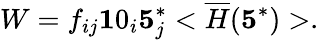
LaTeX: W=f_{ij}{\mathbf 10}_{i}{\mathbf 5}_{j}^{*}<\overline{{{H}}}({\mathbf 5}^{*})>.